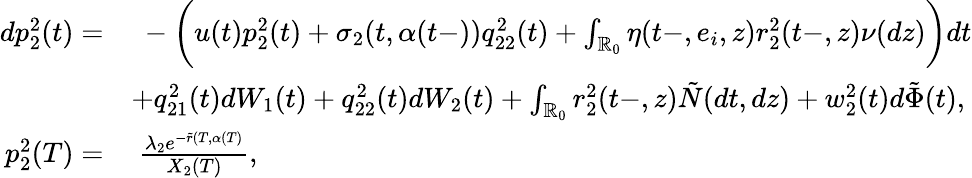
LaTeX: \begin{array}{rl}{dp_{2}^{2}(t)=}&{\ -\biggl(u(t)p_{2}^{2}(t)+\sigma_{2}(t,\alpha(t-))q_{22}^{2}(t)+\int_{\mathbb{R}_{0}}\eta(t-,e_{i},z)r_{2}^{2}(t-,z)\nu(dz)\biggr)dt}\\ &{+q_{21}^{2}(t)dW_{1}(t)+q_{22}^{2}(t)dW_{2}(t)+\int_{\mathbb{R}_{0}}r_{2}^{2}(t-,z)\tilde{N}(dt,dz)+w_{2}^{2}(t)d\tilde{\Phi}(t),}\\ {p_{2}^{2}(T)=}&{\ \frac{\lambda_{2}e^{-\tilde{r}(T,\alpha(T)}}{X_{2}(T)},}\end{array}